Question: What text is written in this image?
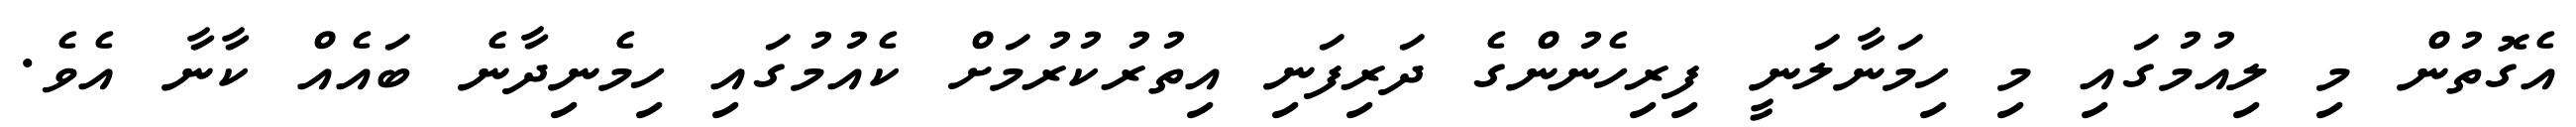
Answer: އެގޮތުން މި ލިއުމުގައި މި ހިމަނާލަނީ ފިރިހެނުންގެ ދަރިފަނި އިތުރުކުރުމަށް ކެއުމުގައި ހިމެނިދާނެ ބައެއް ކާނާ އެވެ.